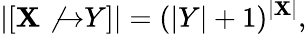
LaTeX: |[\mathbf{X}\not{\to}Y]|=(|Y|+1)^{|\mathbf{X}|},